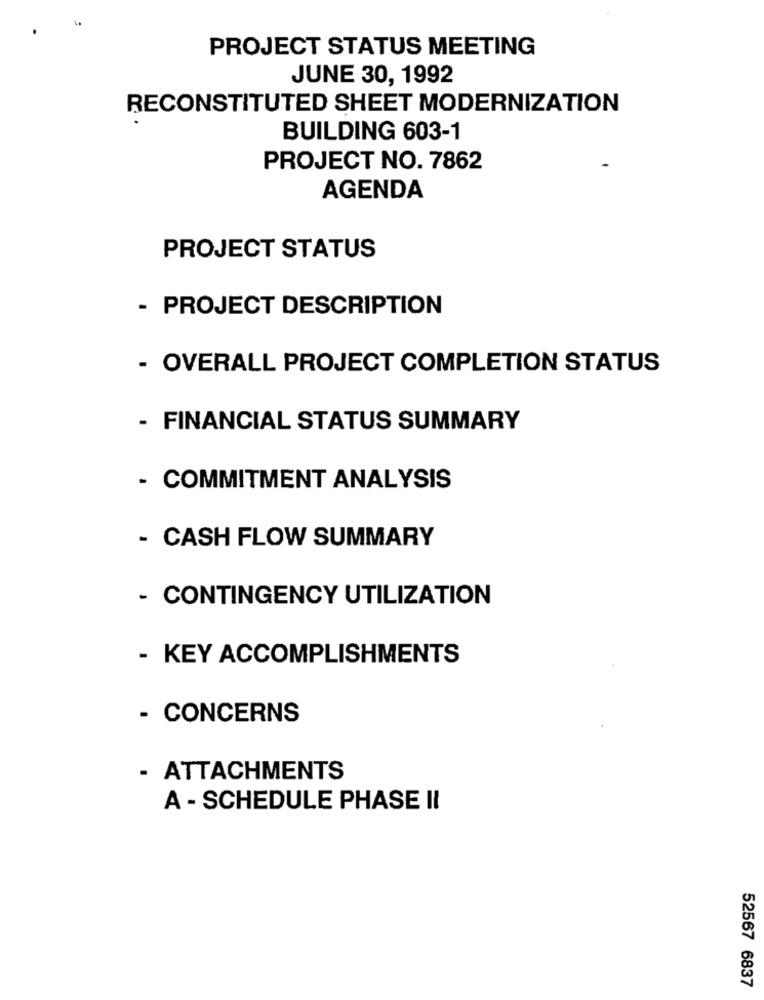
PROJECT STATUS MEETING
JUNE 30, 1992
RECONSTITUTED SHEET MODERNIZATION
BUILDING 603-1
PROJECT NO. 7862
AGENDA
PROJECT STATUS
- PROJECT DESCRIPTION
- OVERALL PROJECT COMPLETION STATUS
- FINANCIAL STATUS SUMMARY
- COMMITMENT ANALYSIS
- CASH FLOW SUMMARY
- CONTINGENCY UTILIZATION
- KEY ACCOMPLISHMENTS
- CONCERNS
- ATTACHMENTS
A - SCHEDULE PHASE II
52567 6837